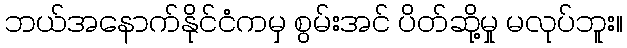
ဘယ်အနောက်နိုင်ငံကမှ စွမ်းအင် ပိတ်ဆို့မှု မလုပ်ဘူး။